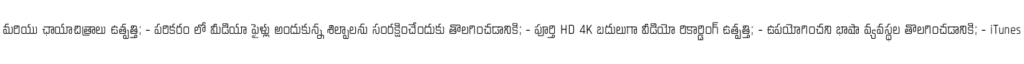
మరియు ఛాయాచిత్రాలు ఉత్పత్తి; - పరికరం లో మీడియా ఫైళ్లు అందుకున్న శిల్పాలను సంరక్షించేందుకు తొలగించడానికి; - పూర్తి HD 4K బదులుగా వీడియో రికార్డింగ్ ఉత్పత్తి; - ఉపయోగించని భాషా వ్యవస్థల తొలగించడానికి; - iTunes